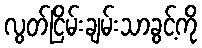
လွတ်ငြိမ်းချမ်းသာခွင့်ကို